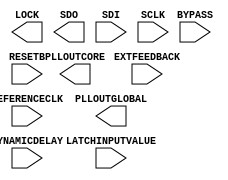
/* verilator lint_off UNUSED */
/* verilator lint_off UNDRIVEN */
(* blackbox *)
module SB_PLL40_CORE (
	input   REFERENCECLK,
	output  PLLOUTCORE,
	output  PLLOUTGLOBAL,
	input   EXTFEEDBACK,
	input   [7:0] DYNAMICDELAY,
	output  LOCK,
	input   BYPASS,
	input   RESETB,
	input   LATCHINPUTVALUE,
	output  SDO,
	input   SDI,
	input   SCLK
);
	parameter FEEDBACK_PATH = "SIMPLE";
	parameter DELAY_ADJUSTMENT_MODE_FEEDBACK = "FIXED";
	parameter DELAY_ADJUSTMENT_MODE_RELATIVE = "FIXED";
	parameter SHIFTREG_DIV_MODE = 1'b0;
	parameter FDA_FEEDBACK = 4'b0000;
	parameter FDA_RELATIVE = 4'b0000;
	parameter PLLOUT_SELECT = "GENCLK";
	parameter DIVR = 4'b0000;
	parameter DIVF = 7'b0000000;
	parameter DIVQ = 3'b000;
	parameter FILTER_RANGE = 3'b000;
	parameter ENABLE_ICEGATE = 1'b0;
	parameter TEST_MODE = 1'b0;
	parameter EXTERNAL_DIVIDE_FACTOR = 1;
endmodule
/* verilator lint_on UNUSED */
/* verilator lint_on UNDRIVEN */